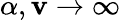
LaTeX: \alpha,\mathbf{v}\to\infty